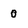
Character: 0